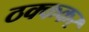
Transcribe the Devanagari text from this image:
ठक्ककर